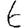
Digit: 6